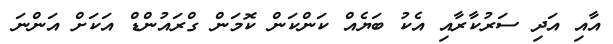
އާއި އަދި ސަރުކާރާއި އެކު ބަޔެއް ކަންކަން ކޮމަން ގްރައުންޑް އަކަށް އަންނަ